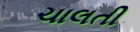
ચાલતી